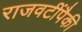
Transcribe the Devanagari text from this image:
राजवटींपैकी